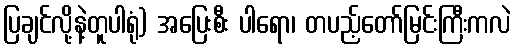
ပြချင်လို့နဲ့တူပါရုံ) အပြေးစီး ပါရော၊ တပည့်တော်မြင်းကြီးကလဲ